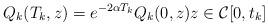
LaTeX: \begin{align*}Q_k(T_{k},z)=e^{-2\alpha T_k}Q_k(0,z) z \in\mathcal{C}[0,t_k]\end{align*}